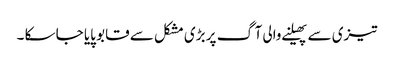
تیزی سے پھیلنے والی آگ پر بڑی مشکل سے قابو پایا جا سکا ۔